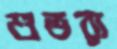
শুভরা